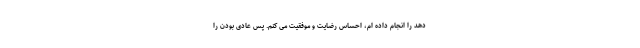
دهد را انجام داده ام، احساس رضایت و موفقیت می کنم. پس عادی بودن را